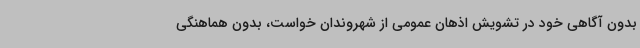
بدون آگاهی خود در تشویش اذهان عمومی از شهروندان خواست، بدون هماهنگی